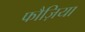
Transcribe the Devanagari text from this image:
फौज़िया